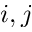
i , j